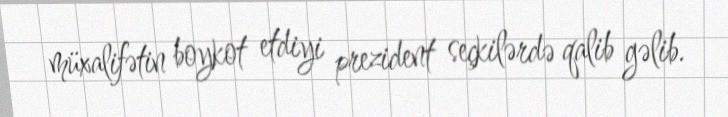
müxalifətin boykot etdiyi prezident seçkilərdə qalib gəlib.